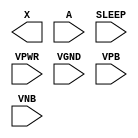
module sky130_fd_sc_hd__lpflow_inputiso0p (
    X    ,
    A    ,
    SLEEP,
    VPWR ,
    VGND ,
    VPB  ,
    VNB
);

    output X    ;
    input  A    ;
    input  SLEEP;
    input  VPWR ;
    input  VGND ;
    input  VPB  ;
    input  VNB  ;
endmodule